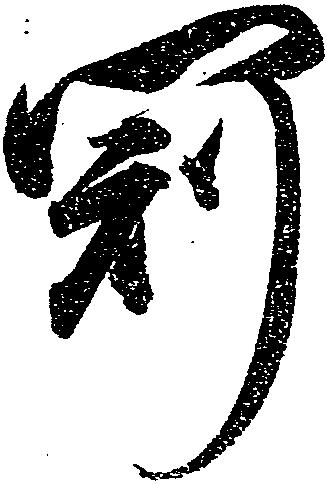
冠